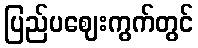
ပြည်ပဈေးကွက်တွင်